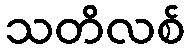
သတိလစ်